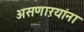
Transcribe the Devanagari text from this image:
असणाऱयांना